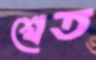
শ্বেত